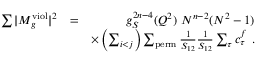
\begin{array} { r l r } { \sum \vert M _ { g } ^ { \mathrm { v i o l } } \vert ^ { 2 } } & { = } & { g _ { S } ^ { 2 n - 4 } ( Q ^ { 2 } ) ~ N ^ { n - 2 } ( N ^ { 2 } - 1 ) } \\ & { } & { \times \left( \sum _ { i < j } \right) \sum _ { \mathrm { p e r m } } \frac { 1 } { S _ { 1 2 } } \frac { 1 } { S _ { 1 2 } } \sum _ { \tau } c _ { \tau } ^ { f } ~ . } \end{array}